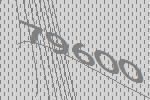
79600